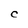
Character: C